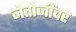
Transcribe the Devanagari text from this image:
नेतोजींवर